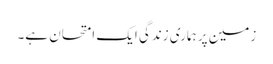
زمین پر ہماری زندگی ایک امتحان ہے۔